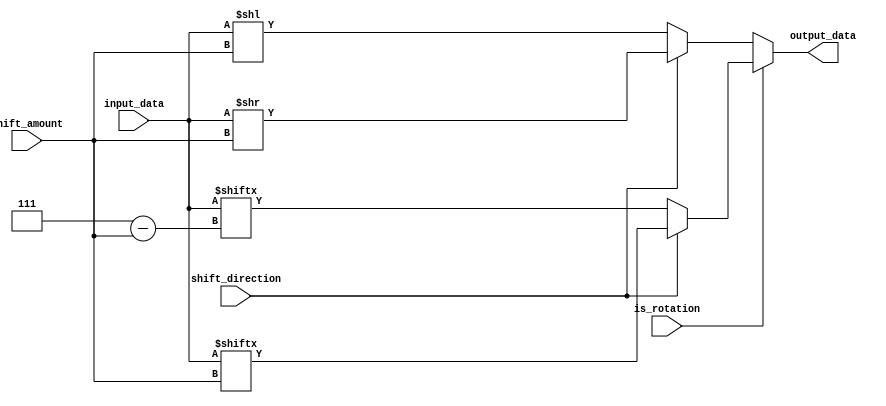
module Hybrid_Barrel_Shifter (
    input wire [7:0] input_data,
    input wire [2:0] shift_amount,
    input wire shift_direction,
    input wire is_rotation,
    output reg [7:0] output_data
);

always @(*) begin
    if (is_rotation) begin
        if (shift_direction) begin
            output_data = {input_data[shift_amount-1:0], input_data[7:shift_amount]};
        end
        else begin
            output_data = {input_data[7-shift_amount:7], input_data[0:7-shift_amount]};
        end
    end
    else begin
        if (shift_direction) begin
            output_data = input_data >> shift_amount;
        end
        else begin
            output_data = input_data << shift_amount;
        end
    end
end

endmodule